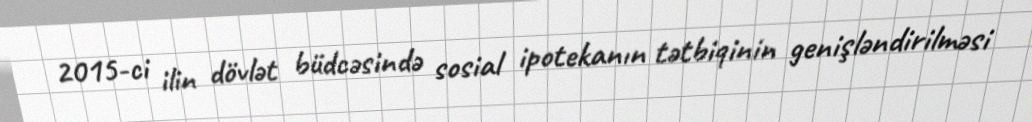
2015-ci ilin dövlət büdcəsində sosial ipotekanın tətbiqinin genişləndirilməsi